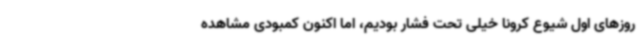
روزهای اول شیوع کرونا خیلی تحت فشار بودیم، اما اکنون کمبودی مشاهده